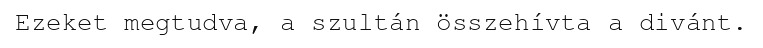
Ezeket megtudva, a szultán összehívta a divánt.